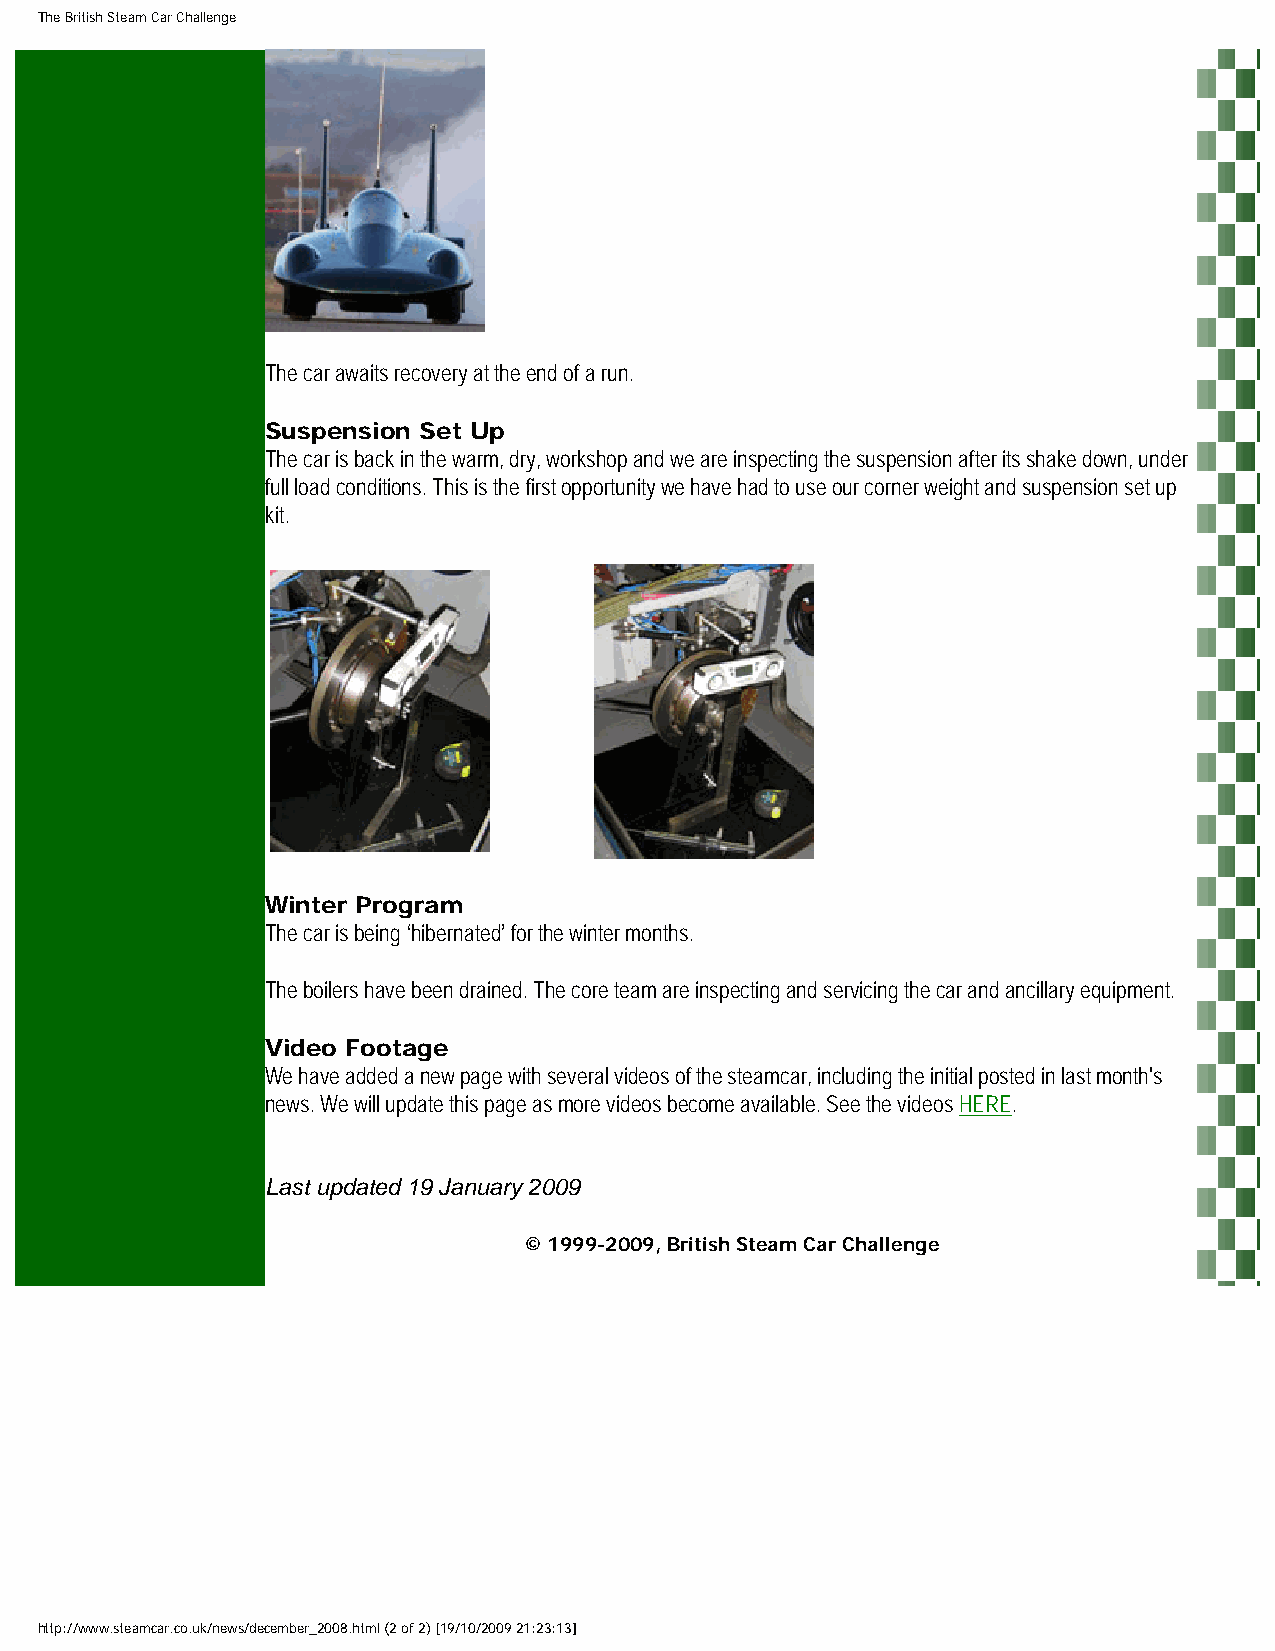
The British Steam Car Challenge
 The car awaits recovery at the end of a run.
 Suspension Set Up
 The car is back in the warm, dry, workshop and we are inspecting the suspension after its shake down, under
 full load conditions. This is the first opportunity we have had to use our corner weight and suspension set up
 kit.
 Winter Program
 The car is being ‘hibernated’ for the winter months.
 The boilers have been drained. The core team are inspecting and servicing the car and ancillary equipment.
 Video Footage
 We have added a new page with several videos of the steamcar, including the initial posted in last month's
 news. We will update this page as more videos become available. See the videos HERE.
 Last updated 19 January 2009
 © 1999-2009, British Steam Car Challenge
 http://www.steamcar.co.uk/news/december_2008.html (2 of 2) [19/10/2009 21:23:13]